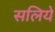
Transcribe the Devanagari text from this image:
सलिये